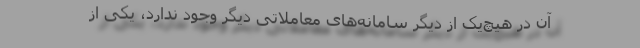
آن در هیچ‌یک از دیگر سامانه‌های معاملاتی دیگر وجود ندارد، یکی از